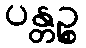
ပန္တဉ္စ